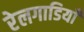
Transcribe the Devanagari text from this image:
रेलगाडियाँ